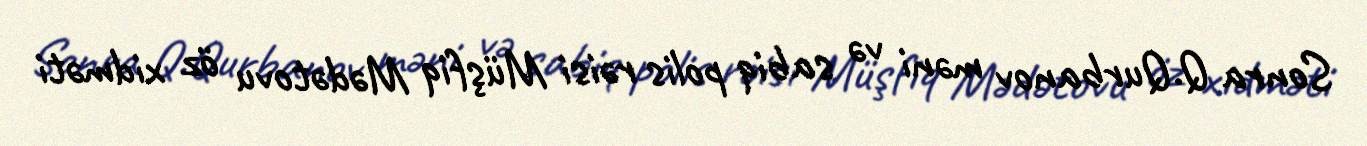
Sonra Q.Qurbanov məni və sabiq polis rəisi Müşfiq Mədətovu öz xidməti